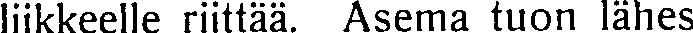
liikkeelle riittää. Asema tuon lähes